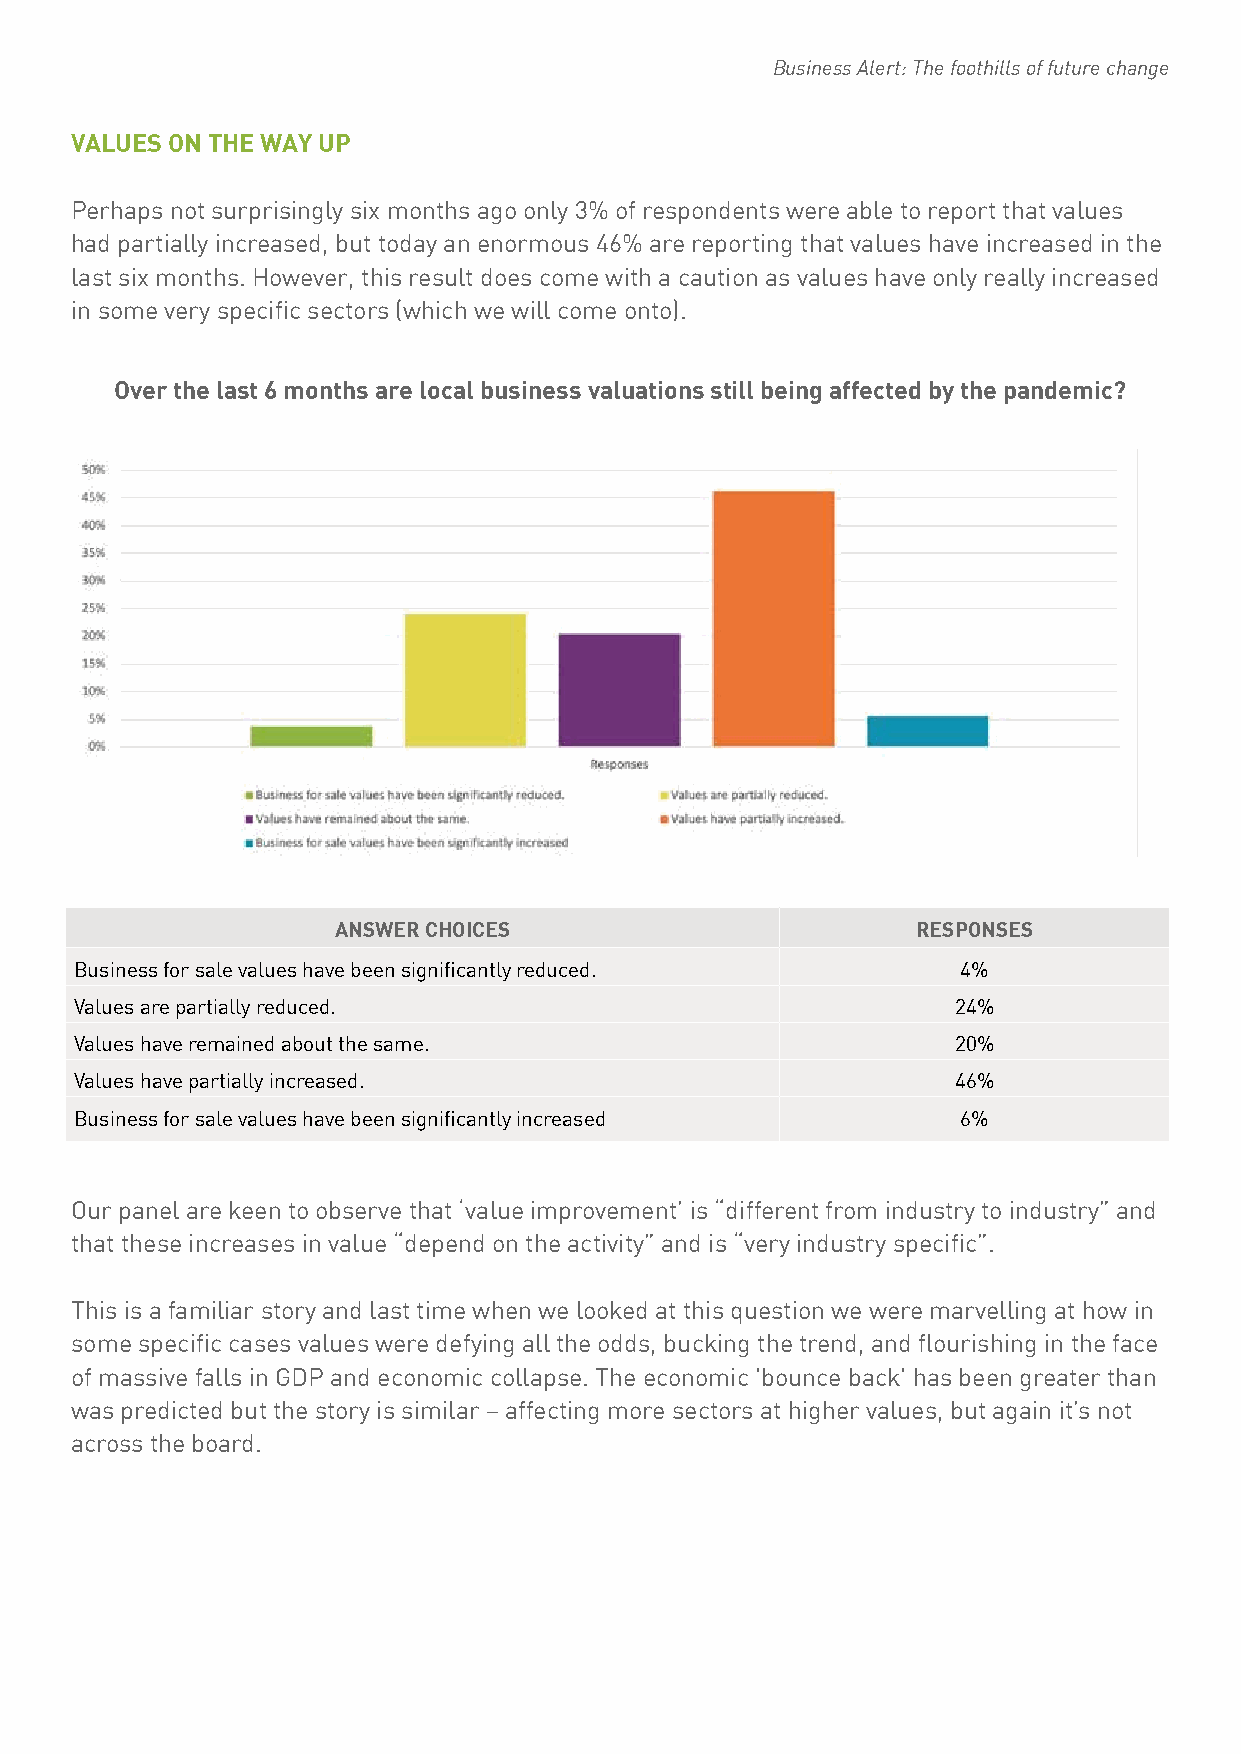
Business Alert: The foothills of future change
 VALUES ON THE WAY UP
 Perhaps not surprisingly six months ago only 3% of respondents were able to report that values
 had partially increased, but today an enormous 46% are reporting that values have increased in the
 last six months. However, this result does come with a caution as values have only really increased
 in some very specific sectors (which we will come onto).
 Over the last 6 months are local business valuations still being affected by the pandemic?
 ANSWER CHOICES                         RESPONSES
 Business for sale values have been significantly reduced.  4%
 Values are partially reduced.                             24%
 Values have remained about the same.                      20%
 Values have partially increased.                          46%
 Business for sale values have been significantly increased 6%
 Our panel are keen to observe that ‘value improvement’ is “different from industry to industry” and
 that these increases in value “depend on the activity” and is “very industry specific”.
 This is a familiar story and last time when we looked at this question we were marvelling at how in
 some specific cases values were defying all the odds, bucking the trend, and flourishing in the face
 of massive falls in GDP and economic collapse. The economic 'bounce back' has been greater than
 was predicted but the story is similar – affecting more sectors at higher values, but again it’s not
 across the board.